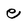
Character: e